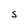
Character: S